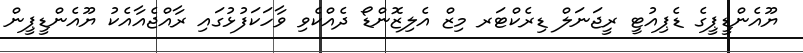
ޔޫއެންޑީޕީގެ ޑެޕިއުޓީ ރީޖަނަލް ޑިރެކްޓަރ މިޒް އެލިޒޮންޑޯ ދެއްކެވި ވާހަކަފުޅުގައި ރާއްޖެއާއެކު ޔޫއެންޑީޕީން